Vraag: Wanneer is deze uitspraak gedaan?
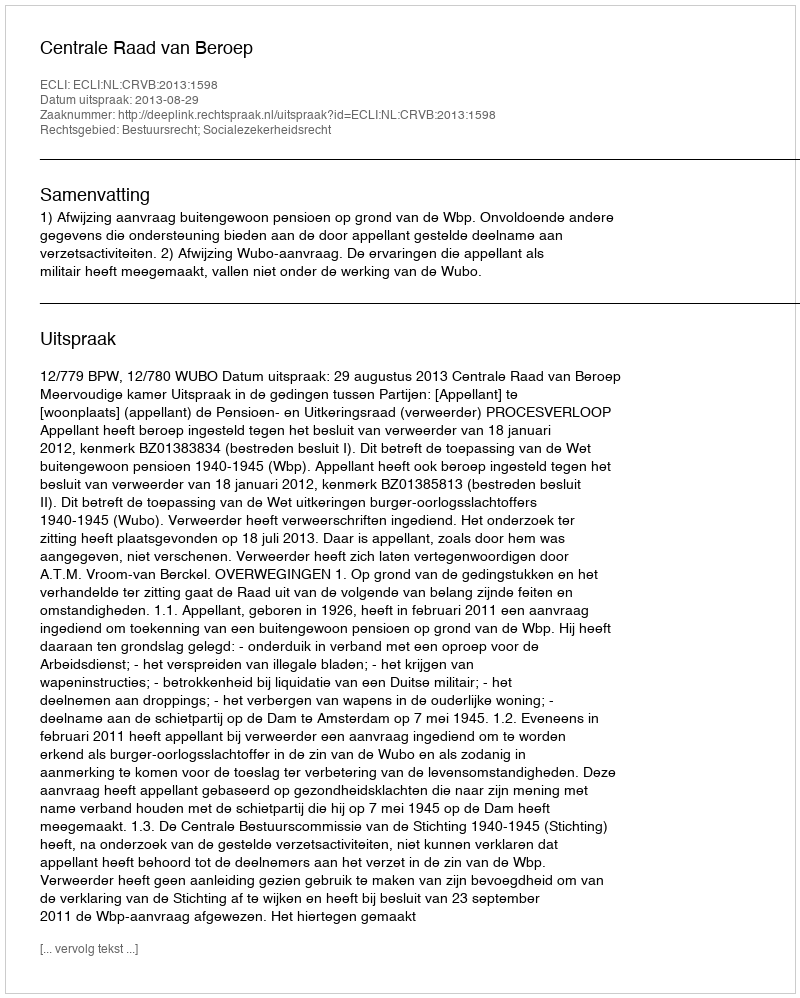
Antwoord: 2013-08-29